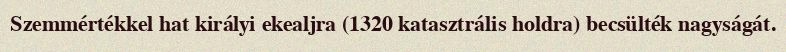
Szemmértékkel hat királyi ekealjra (1320 katasztrális holdra) becsülték nagyságát.